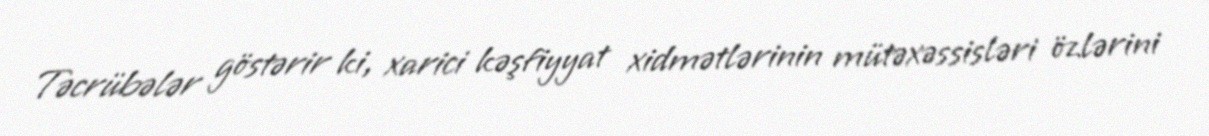
Təcrübələr göstərir ki, xarici kəşfiyyat xidmətlərinin mütəxəssisləri özlərini